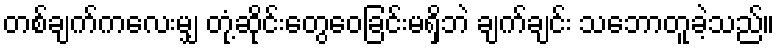
တစ်ချက်ကလေးမျှ တုံ့ဆိုင်းတွေဝေခြင်းမရှိဘဲ ချက်ချင်း သဘောတူခဲ့သည်။